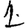
Digit: 1